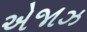
એજાઝ